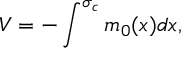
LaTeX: V = - \int ^ { \sigma _ { c } } m _ { 0 } { ( x ) } d x ,